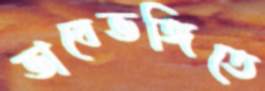
ভাবেভঙ্গিতে